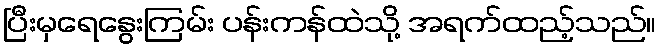
ပြီးမှရေနွေးကြမ်း ပန်းကန်ထဲသို့ အရက်ထည့်သည်။